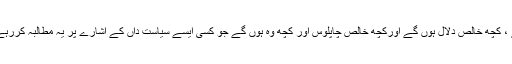
اس مطالبے کے بل پر کچھ عناصر اپنی سیاسی دکان چمکانا چاہیں گے ، کچھ خالص دلال ہوں گے اورکچھ خالص چاپلوس اور کچھ وہ ہوں گے جو کسی ایسے سیاست داں کے اشارے پر یہ مطالبہ کررہے ہوں گے جو ا پنی سیٹ کے لیے اعلیٰ کمان کوبلیک میل کرناچاہتا ہو۔